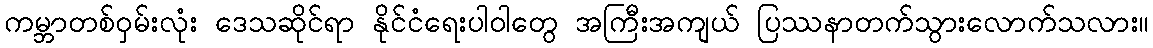
ကမ္ဘာတစ်ဝှမ်းလုံး ဒေသဆိုင်ရာ နိုင်ငံရေးပါဝါတွေ အကြီးအကျယ် ပြဿနာတက်သွားလောက်သလား။